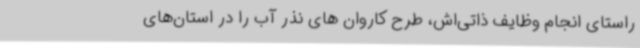
راستای انجام وظایف ذاتی‌اش، طرح کاروان های نذر آب را در استان‌های